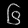
Digit: ၆